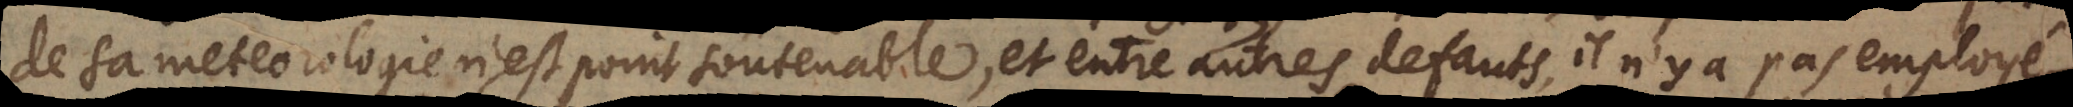
de sa metereologie n’est point soûtenable, et entre autres defauts, il n’y a pas employé